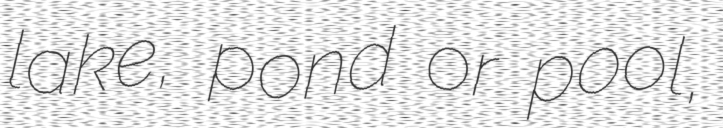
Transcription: lake, pond or pool,